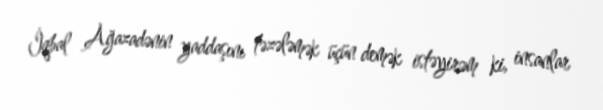
İqbal Ağazadənin yaddaşını təzələmək üçün demək istəyirəm ki, insanlar